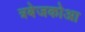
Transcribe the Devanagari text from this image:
त्रबेजकोआ